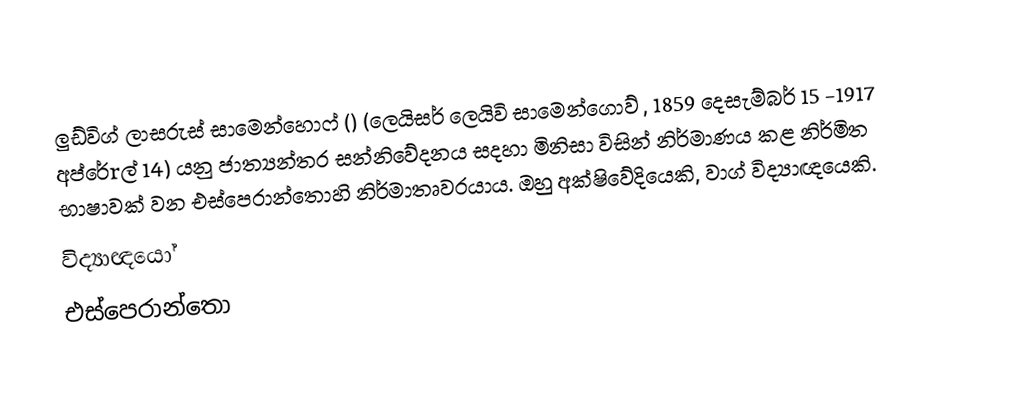
ලුඩ්විග් ලාසරුස් සාමෙන්හොෆ් () (ලෙයිසර් ලෙයිවි සාමෙන්ගොව් , 1859 දෙසැම්බර් 15 -1917 අප්රේrල් 14) යනු ජාත්‍යන්තර සන්නිවේදනය සදහා මිනිසා විසින් නිර්මාණය කළ නිර්මිත භාෂාවක් වන එස්පෙරාන්තොහි නිර්මාතෘවරයාය. ඔහු අක්ෂිවේදියෙකි, වාග් විද්‍යාඥයෙකි.
විද්‍යාඥයෝ
එස්පෙරාන්තො